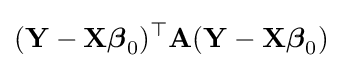
(\mathbf {Y} -\mathbf {X} {\boldsymbol {\beta }}_{0})^{\top }\mathbf {A} (\mathbf {Y} -\mathbf {X} {\boldsymbol {\beta }}_{0})